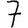
Digit: 7